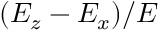
( E _ { z } - E _ { x } ) / E